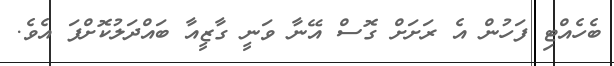
ބެހެއްޓި ފަހުން އެ ރަށަށް ގޮސް އޭނާ ވަނީ ގާޒީއާ ބައްދަލުކޮށްފަ އެވެ.